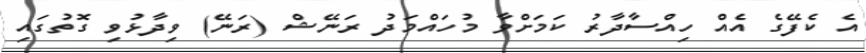
އެ ކެފޭގެ އެއް ހިއްސާދާރު ކަމަށްވާ މުހައްމަދު ރަނޭޝް (ރަނޭ) ވިދާޅުވި ގޮތުގައި